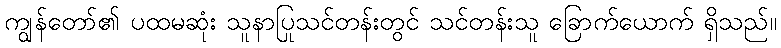
ကျွန်တော်၏ ပထမဆုံး သူနာပြုသင်တန်းတွင် သင်တန်းသူ ခြောက်ယောက် ရှိသည်။